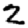
Digit: 2